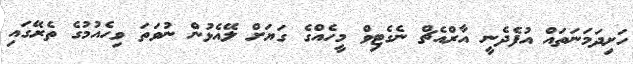
ހަށިދަމަނަތައް އުފެދެނީ އާރްއެޗް ނެގެޓިވް މީހެއްގެ ގަޔަށް ލޭއެޅުން ނުވަތަ ވިހެއުމުގެ ތެރޭގައި